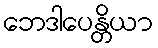
ဘေဒါပေန္တိယာ